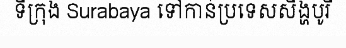
ទីក្រុង Surabaya ទៅកាន់ប្រទេសសិង្ហបូរី